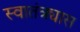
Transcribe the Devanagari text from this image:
स्वातंत्र्यास